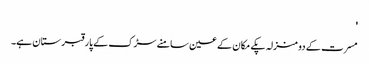
'
مسرت کے دو منزلہ پکے مکان کے عین سامنے سڑک کے پار قبرستان ہے۔